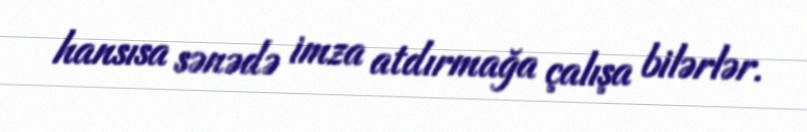
hansısa sənədə imza atdırmağa çalışa bilərlər.